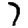
Digit: 7